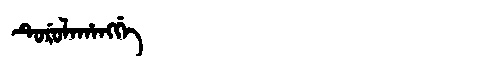
Manchu: ᡨᡠᡵᡠᠯᠠᡥᠠᠩᡤᡝ
Romanization: TURULAHANGGE